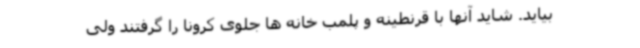
بیاید. شاید آنها با قرنطینه و پلمب خانه ها جلوی کرونا را گرفتند ولی